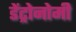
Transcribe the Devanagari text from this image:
डेंट्रोनोमी